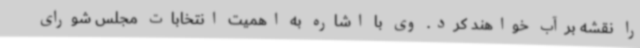
را نقشه برآب خواهند کرد. وی با اشاره به اهمیت انتخابات مجلس شورای